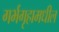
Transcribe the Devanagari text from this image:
गर्भगृहामधील